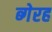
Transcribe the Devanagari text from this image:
ब्गेरह